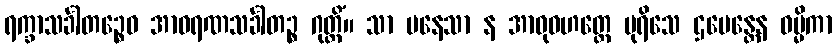
ရက္ခာသင်္ခါတဉ္စေဝ အာဝရဏသင်္ခါတဉ္စ ဂုတ္တိံ။ သာ ပနေသာ န အာဝုဓဟတ္ထေ ပုရိသေ ဌပေန္တေန ဓမ္မိကာ